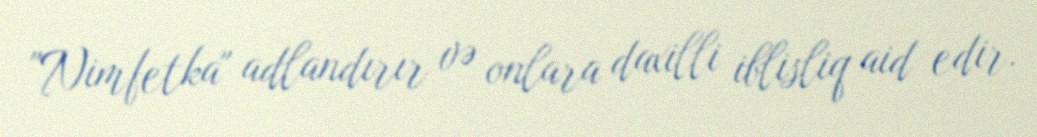
"Nimfetka" adlandırır və onlara daxilli iblisliq aid edir.